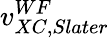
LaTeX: v_{XC,Slater}^{WF}